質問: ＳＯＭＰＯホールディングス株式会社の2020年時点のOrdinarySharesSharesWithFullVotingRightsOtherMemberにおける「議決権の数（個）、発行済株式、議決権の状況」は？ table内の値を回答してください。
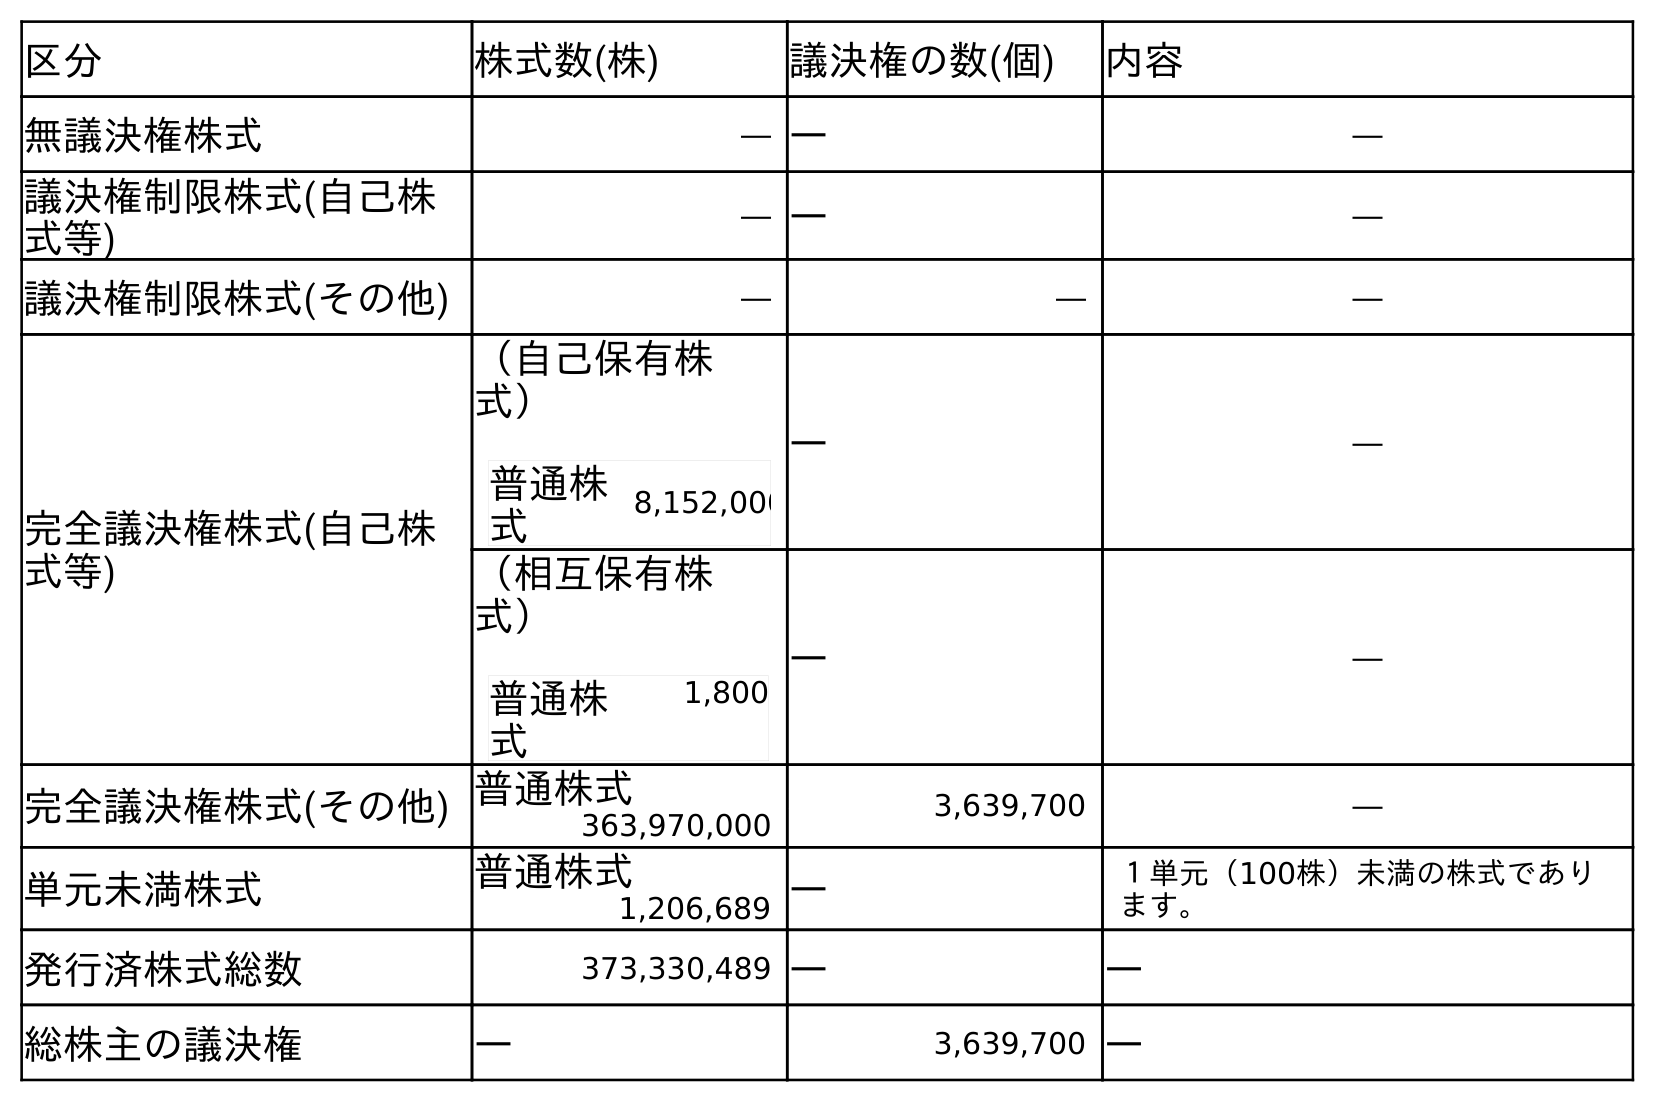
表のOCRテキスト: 区分 株式数(株) 議決権の数(個) 内容 無議決権株式 ― ― ― 議決権制限株式(自己株 式等) ― ― ― 議決権制限株式(その他) ― ― ― 完全議決権株式(自己株 式等) （自己保有株 式） 普通株 式 8,152,000 ― ― （相互保有株 式） 普通株 式 1,800 ― ― 完全議決権株式(その他) 普通株式 3,639,700 ― 363,970,000 単元未満株式 普通株式 ― １単元（100株）未満の株式であり ます。 1,206,689 発行済株式総数 373,330,489 ― ― 総株主の議決権 ― 3,639,700 ―
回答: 3,639,700